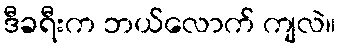
ဒီခရီးက ဘယ်လောက် ကျလဲ။